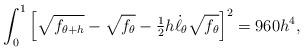
LaTeX: \begin{align*}\int_0^1 \left[\sqrt{f_{\theta+h}}-\sqrt{f_\theta} - \tfrac{1}{2} h \dot{\ell}_\theta\sqrt{f_\theta} \right]^2 = 960h^4,\end{align*}